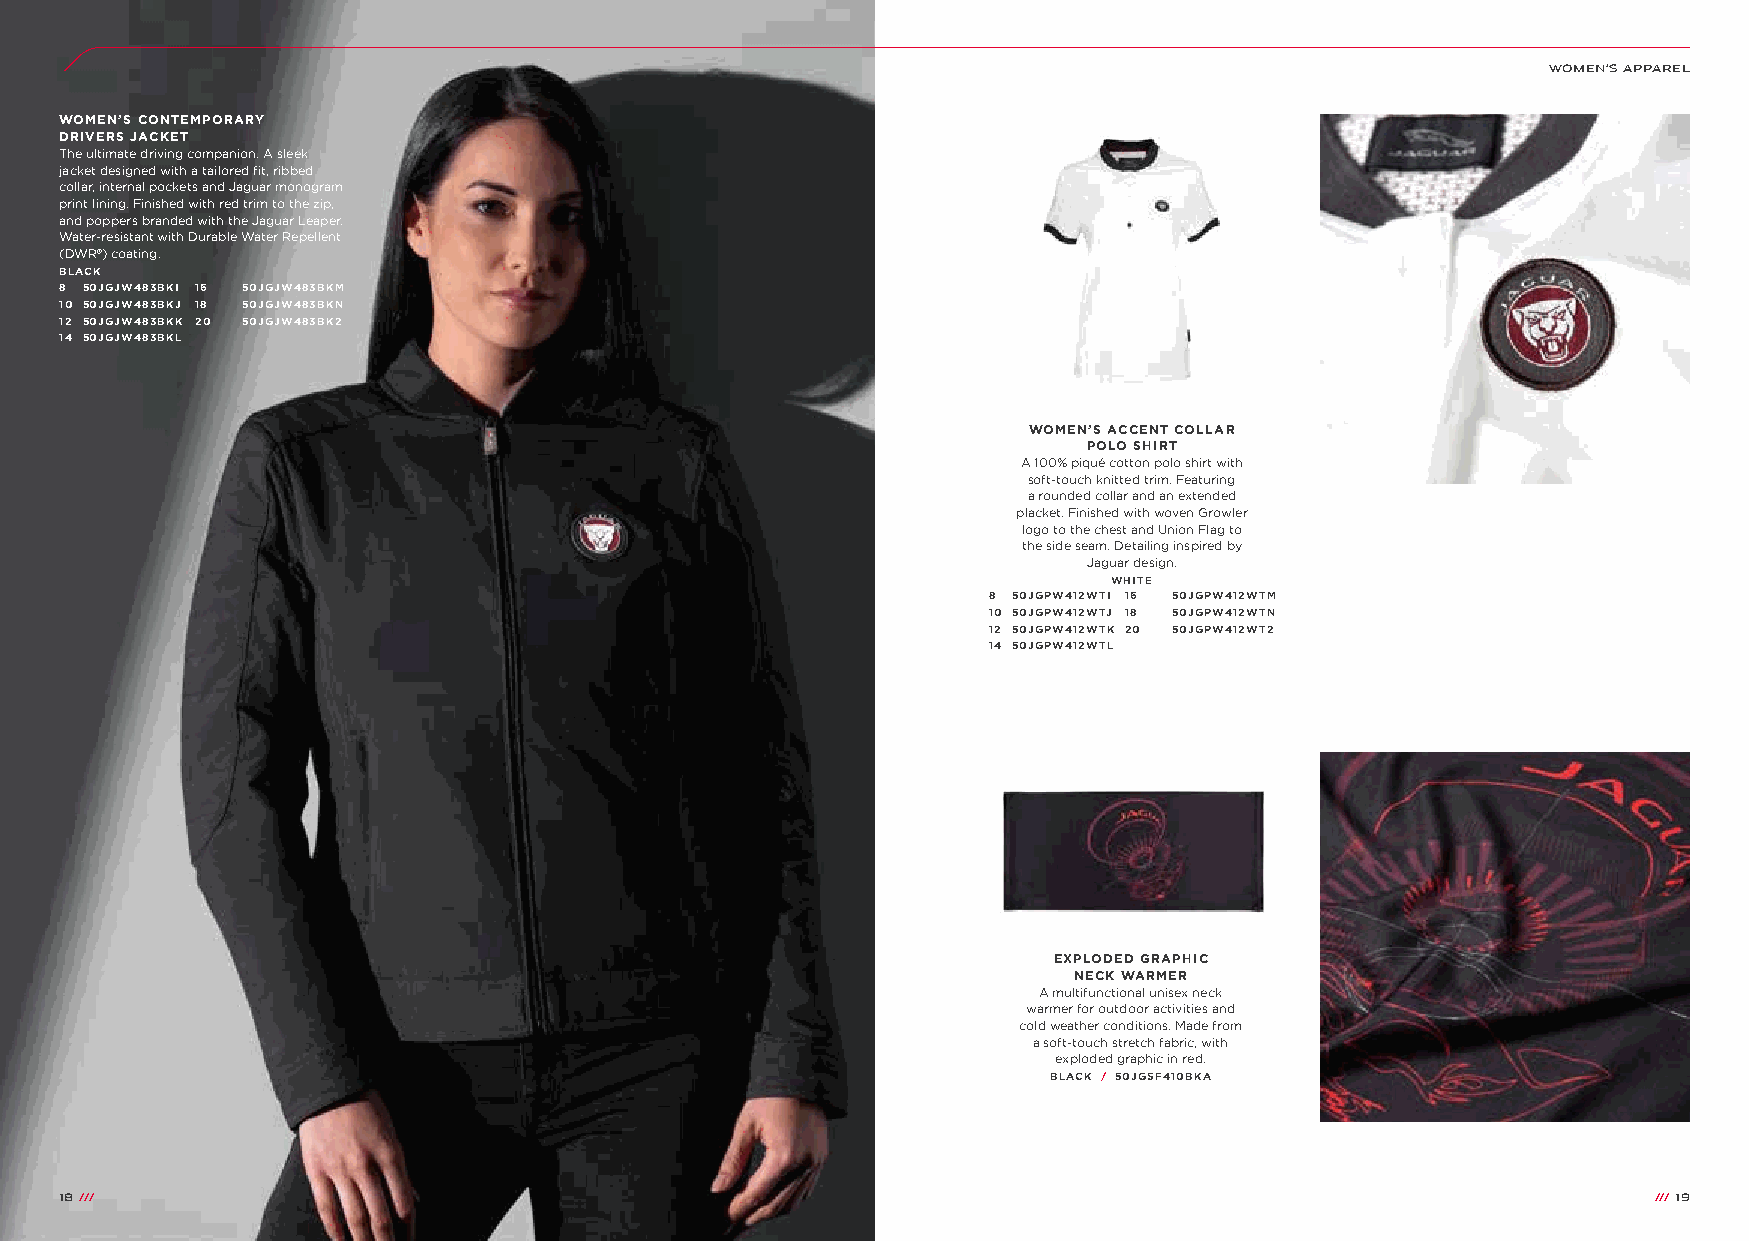
WOMEN’S APPAREL
 WOMEN’S CONTEMPORARY
 DRIVERS JACKET
 The ultimate driving companion. A sleek
 jacket designed with a tailored fit, ribbed
 collar, internal pockets and Jaguar monogram
 print lining. Finished with red trim to the zip,
 and poppers branded with the Jaguar Leaper.
 Water-resistant with Durable Water Repellent
 (DWR®) coating.
 BLACK
 8 50JGJW483BKI 16 50JGJW483BKM
 10 50JGJW483BKJ 18 50JGJW483BKN
 12 50JGJW483BKK 20 50JGJW483BK2
 14 50JGJW483BKL
 WOMEN’S ACCENT COLLAR
 POLO SHIRT
 A 100% piqué cotton polo shirt with
 soft-touch knitted trim. Featuring
 a rounded collar and an extended
 placket. Finished with woven Growler
 logo to the chest and Union Flag to
 the side seam. Detailing inspired by
 Jaguar design.
 WHITE
 8 50JGPW412WTI 16 50JGPW412WTM
 10 50JGPW412WTJ 18 50JGPW412WTN
 12 50JGPW412WTK 20 50JGPW412WT2
 14 50JGPW412WTL
 EXPLODED GRAPHIC
 NECK WARMER
 A multifunctional unisex neck
 warmer for outdoor activities and
 cold weather conditions. Made from
 a soft-touch stretch fabric, with
 exploded graphic in red.
 BLACK / 50JGSF410BKA
 18 ///                                                                                                   /// 19